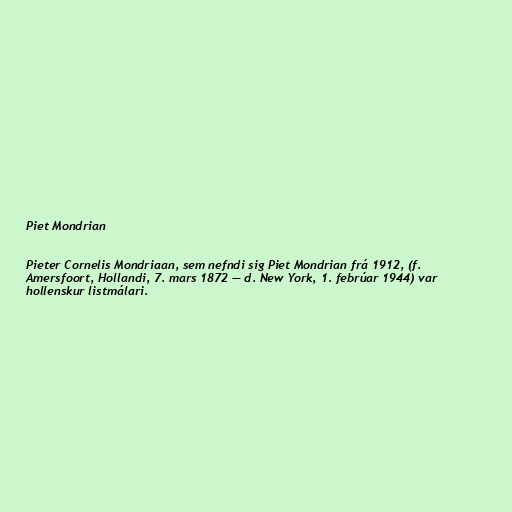
Piet Mondrian

Pieter Cornelis Mondriaan, sem nefndi sig Piet Mondrian frá 1912, (f.
Amersfoort, Hollandi, 7. mars 1872 — d. New York, 1. febrúar 1944) var
hollenskur listmálari.